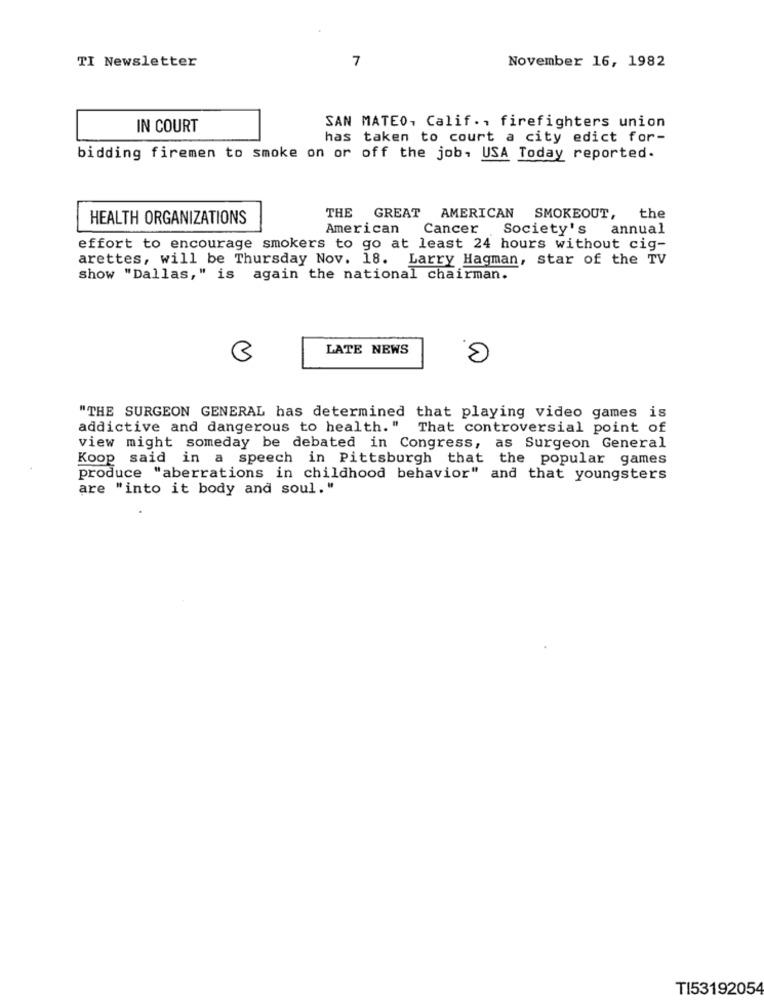
TI Newsletter
7
November 16, 1982
IN COURT
SAN MATEO, Calif .. firefighters union
has taken to court a city edict for-
bidding firemen to smoke on or off the job, USA Today reported.
HEALTH ORGANIZATIONS
THE GREAT AMERICAN SMOKEOUT, the
American
Cancer Society's
annual
effort to encourage smokers to go at least 24 hours without cig-
arettes, will be Thursday Nov. 18. Larry Hagman, star of the TV
show "Dallas," is again the national chairman.
LATE NEWS
0
"THE SURGEON GENERAL has determined that playing video games is
addictive and dangerous to health." That controversial point of
view might someday be debated in Congress, as Surgeon General
Koop said in a speech in Pittsburgh that the popular games
produce "aberrations in childhood behavior" and that youngsters
are "into it body and soul."
TI53192054